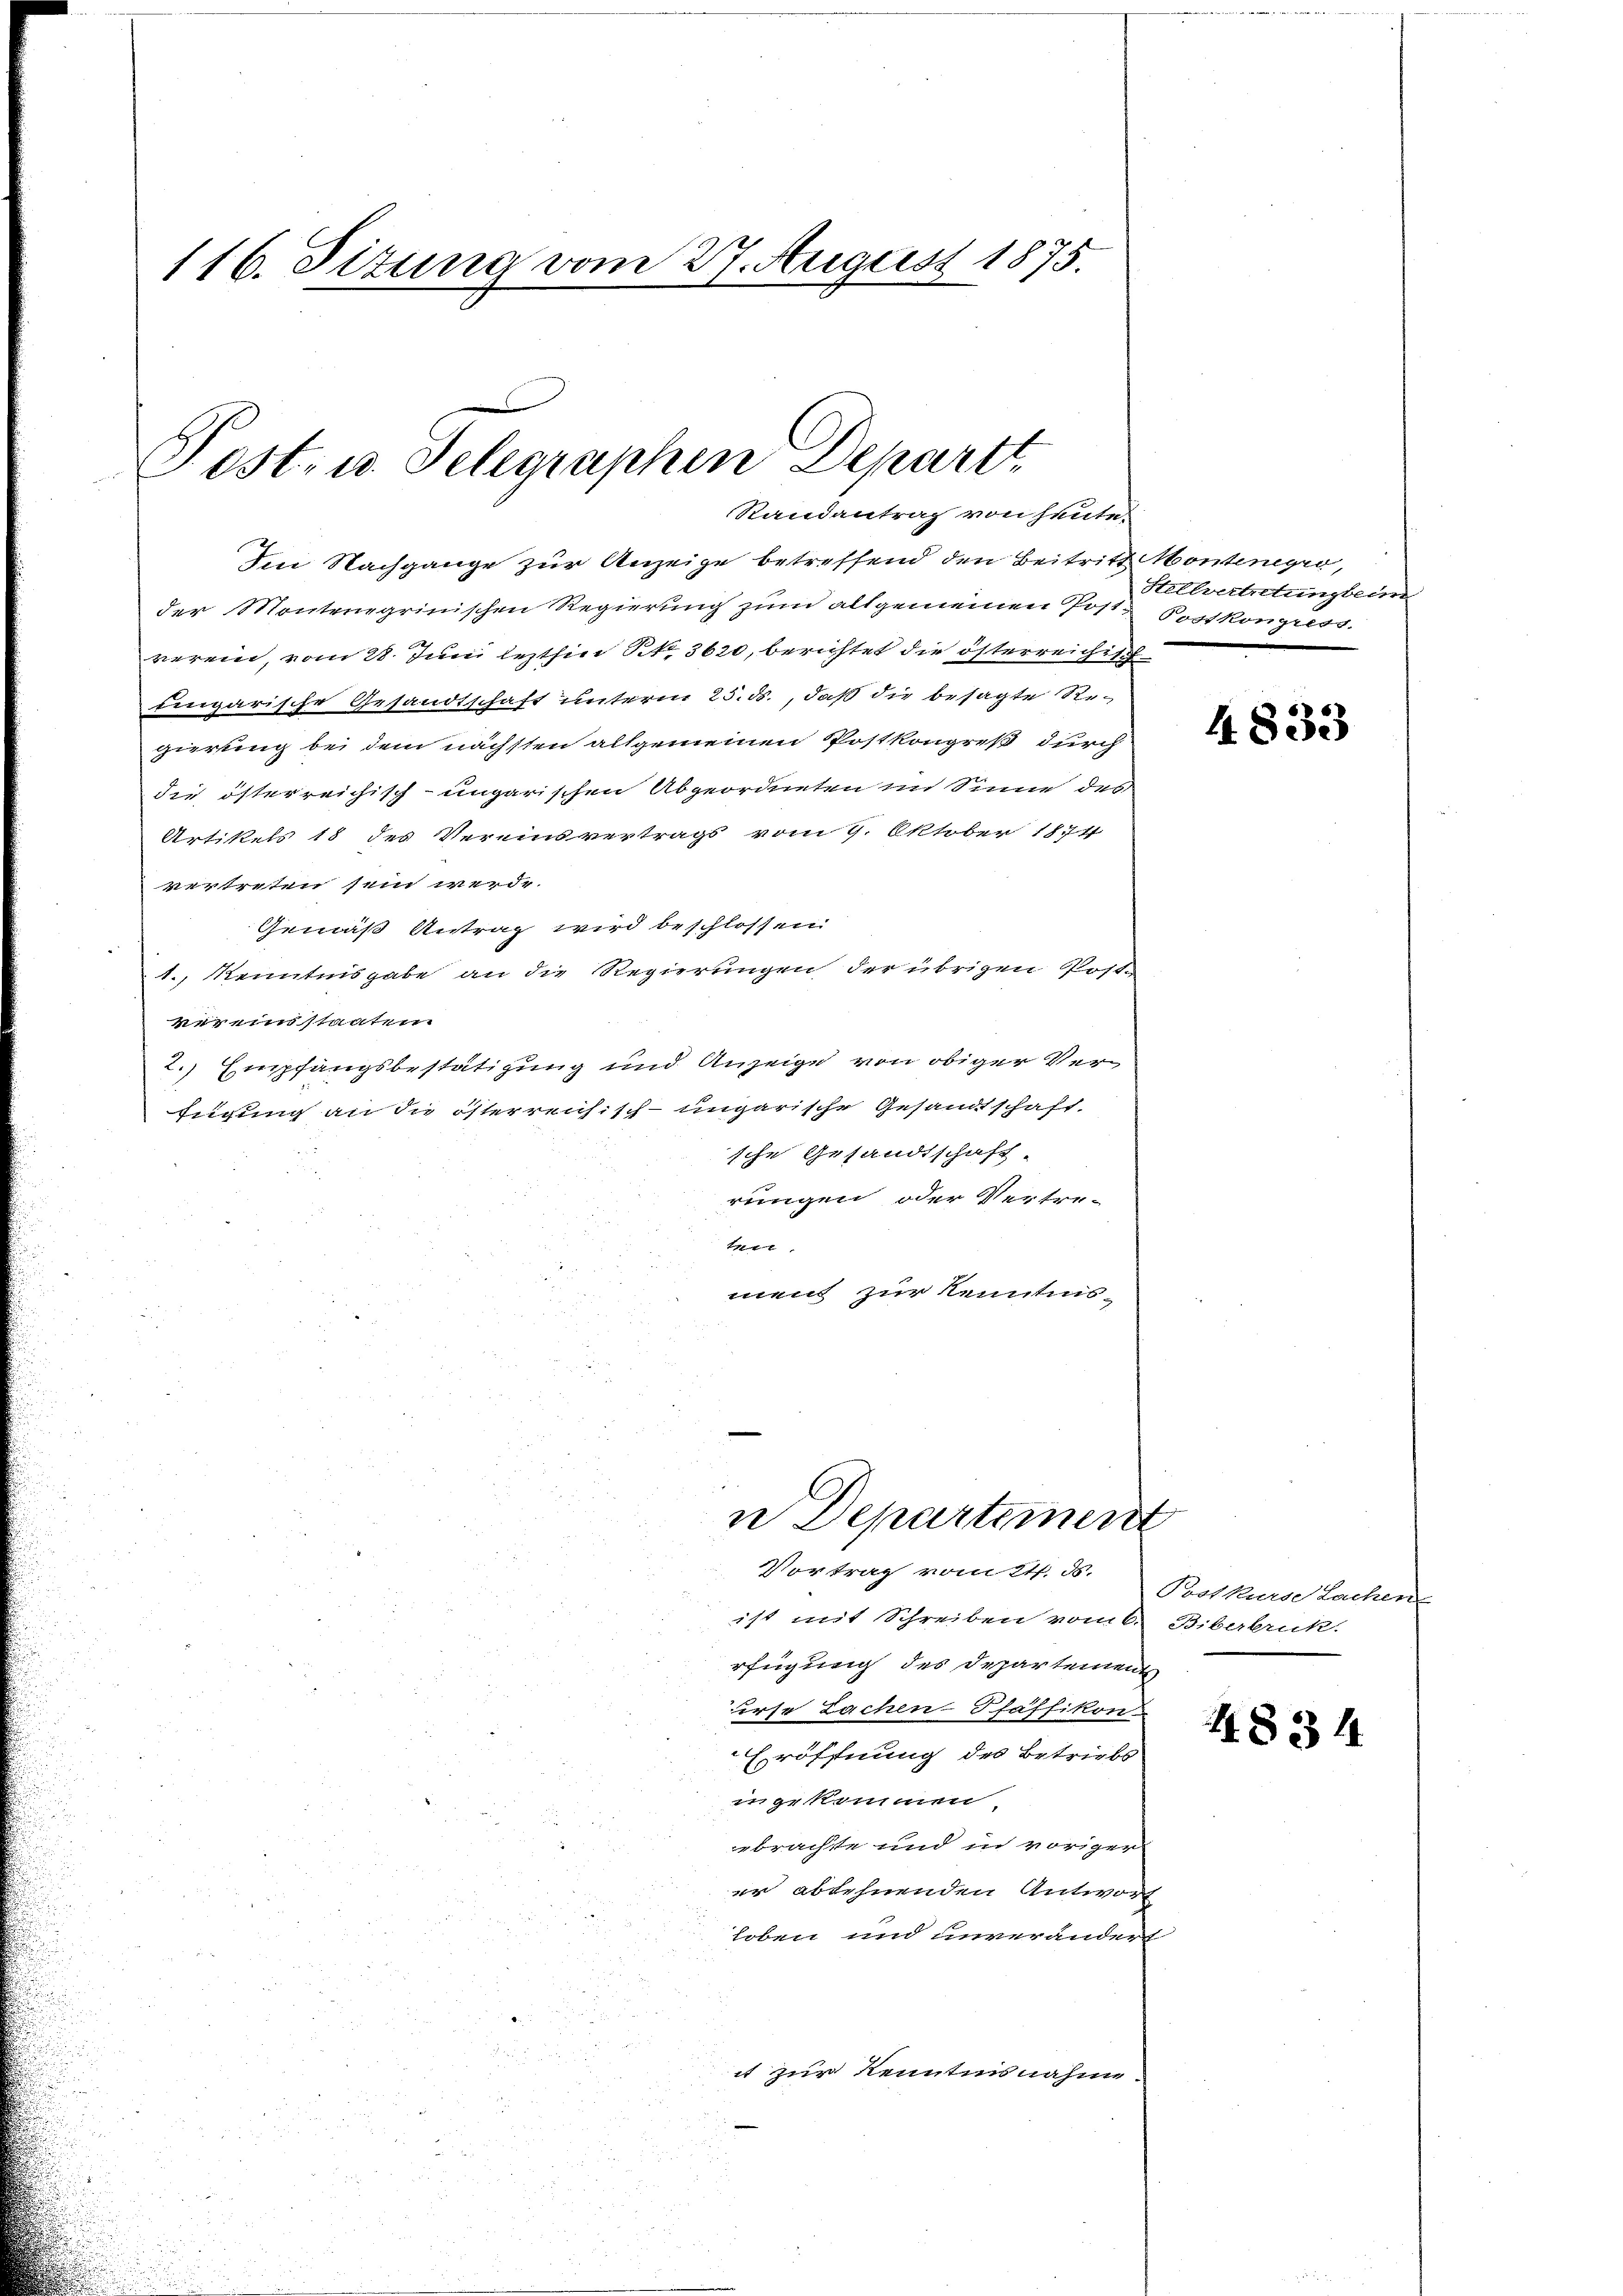
116. Situng vom 27. August 1875.

Post- u. Telegraphen Depart
Randantrag von heute.

Im Nachgange zur Anzeige betreffend den Beitritt Montenegio,
der Montenegrinischen Regierung zum altgemeinen Post Postkongress
verein, vom 28. Juni lezthin Nr. 3620, berichtet die österreichisch
eingarische Gesandtschaft unterm 25. ds., daß die besagte Re-
gierung bei dem nächsten allgemeinen Postkongreß durch
die österreichisch-ungarischen Abgeordneten im Sinne des
Artikels 18 des Vereinsvertrags vom 9. Oktober 1874
vertreten sein werde.
Gemäß Antrag wird beschlossen
1., Kenntnisgabe an die Regierungen der übrigen Post-
vereinstanten
2.) Empfangsbestätigung und Anzeige von obiger Verfügung an die österreichisch-ungarische Gesandtschaft-
sche Gesandtschaft
rungen oder Vertre-
r
men zur Kenntnis-

n Departement

it zur Kenntnisnahme.

Stellvertretung beim

Vortrag vom 21. d.
ist mit Schreiben vom 6. Biberbruk.
rfügung des Departements
urse Lachen Pfäffikon.
Eröffnung des Betriebs
in gekommen,
ebrachte und in voriger
er ablehnenden Antwort
loben und unverändert

4833

Postkurse Lachen

4834